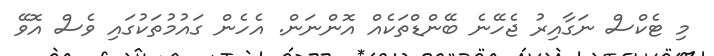
މި ޓެކްސް ނަގާއިރު ޖެހޭނެ ބޭންޑްތަކެއް އޮންނަން. އެހެން ގައުމުތަކުގައި ވެސް އޮވޭ